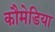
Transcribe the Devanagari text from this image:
कौमेडिया